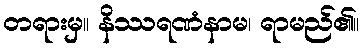
တရားမှ။ နိဿရဏံနာမ၊ ရာမည်၏။